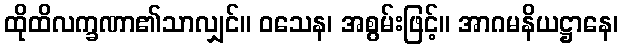
ထိုထိလက္ခဏာ၏သာလျှင်။ ဝသေန၊ အစွမ်းဖြင့်။ အာဂမနိယဋ္ဌာနေ၊